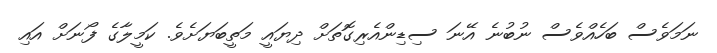
ނަމަވެސް ބަހެއްވެސް ނުބުނެ އޭނަ ސިޑިންއެރިގޮތަށް ދިޔައީ މަތީބަޔަށެވެ. ކަމީލާގެ ފޯނަށް އައި